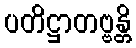
ပတိဋ္ဌာတဗ္ဗန္တိ